Leaving Certificate Examination (including Day School Certificate (Higher) General paper), 1926
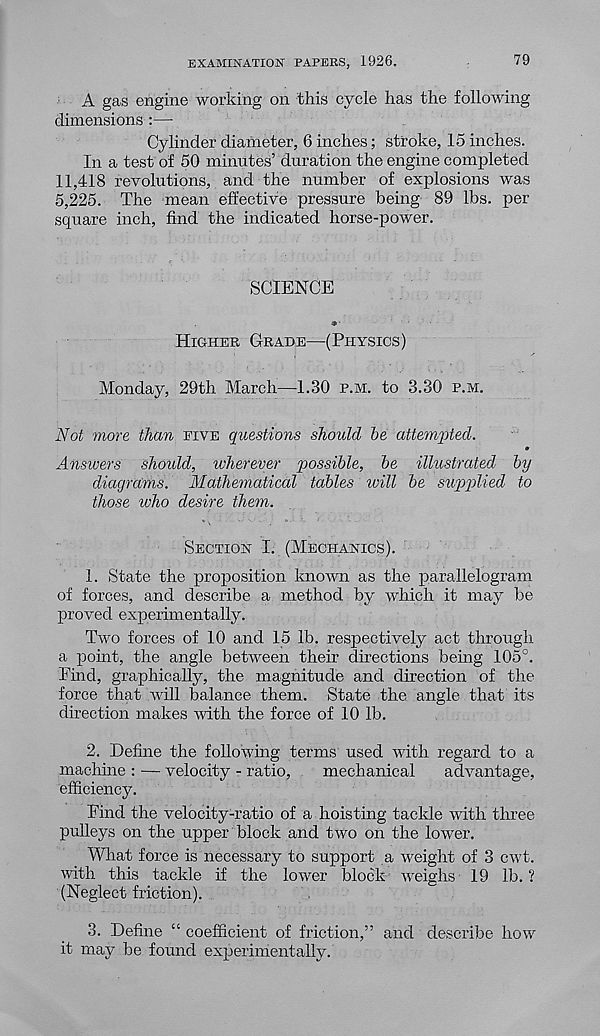
EXAMINATION PAPERS, 1926.
79
A gas engine working on this cycle has the following
dimensions :—
Cylinder diameter, 6 inches; stroke, 15 inches.
In a test of 50 minutes’ duration the engine completed
11,418 revolutions, and the number of explosions was
5,225. The mean effective pressure being 89 lbs. per
square inch, find the indicated horse-power.
SCIENCE
Higher Grade—(Physics)
Monday, 29th March—1.30 p.m. to 3.30 p.m.
Not more than five questions should he attempted.
9
Answers should, wherever possible, he illustrated hy
diagrams. Mathematical tables ivill he supplied to
those who desire them.
Section I. (Mechanics).
1. State the proposition known as the parallelogram
of forces, and describe a method by which it may be
proved experimentally.
Two forces of 10 and 15 lb. respectively act through
a point, the angle between their directions being 105°.
Find, graphically, the magnitude and direction of the
force that will balance them. State the angle that its
direction makes with the force of 10 lb.
2. Define the following terms used with regard to a
machine : — velocity - ratio,
mechanical
advantage,
efficiency.
Find the velocity-ratio of a hoisting tackle with three
pulleys on the upper block and two on the lower.
What force is necessary to support a weight of 3 cwt.
with this tackle if the lower block weighs 19 lb.?
(Neglect friction).
3. Define “ coefficient of friction,” and describe how
it may be found experimentally.